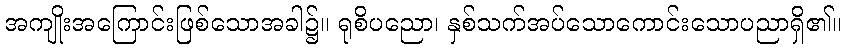
အကျိုးအကြောင်းဖြစ်သောအခါ၌။ ရုစိပညော၊ နှစ်သက်အပ်သောကောင်းသောပညာရှိ၏။